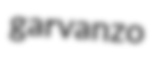
garvanzo